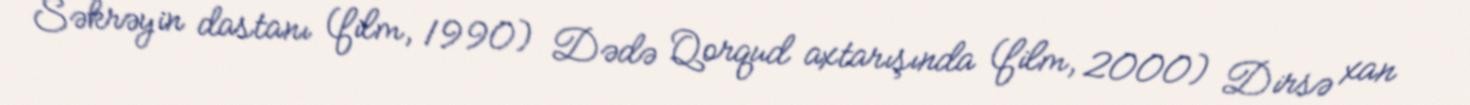
Səkrəyin dastanı (film, 1990) Dədə Qorqud axtarışında (film, 2000) Dirsə xan